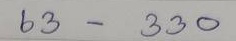
63 - 330